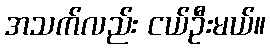
အသက်လည်း ငယ်ဦးမယ်။